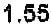
1.55